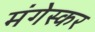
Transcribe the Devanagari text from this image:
मंगेस्कर